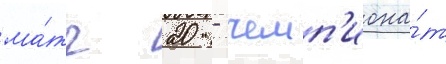
ма́тч 20 - чемп'иона́т